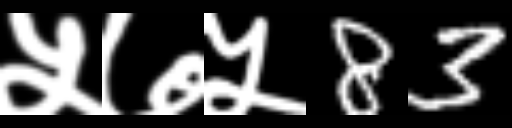
Text: ५७५83